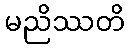
မညိဿတိ